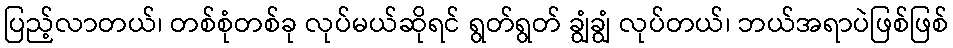
ပြည့်လာတယ်၊ တစ်စုံတစ်ခု လုပ်မယ်ဆိုရင် ရွတ်ရွတ် ချွံချွံ လုပ်တယ်၊ ဘယ်အရာပဲဖြစ်ဖြစ်